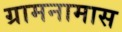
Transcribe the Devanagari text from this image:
ग्रामनामास